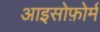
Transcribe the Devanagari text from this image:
आइसोफ़ोर्म